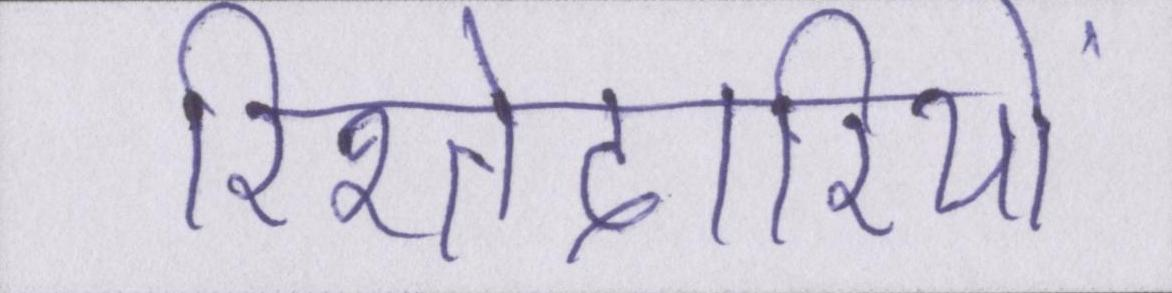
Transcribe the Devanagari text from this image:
रिश्तेदारियों